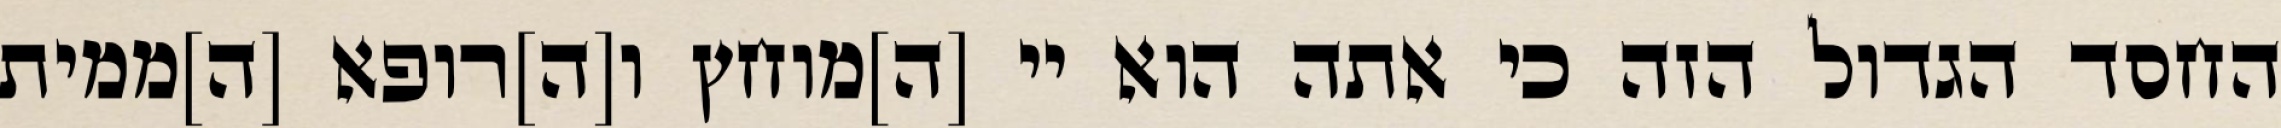
החסד הגדול הזה כי אתה הוא יי [ה]מוחץ ו[ה]רופא [ה]ממית